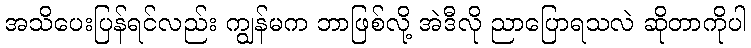
အသိပေးပြန်ရင်လည်း ကျွန်မက ဘာဖြစ်လို့ အဲဒီလို ညာပြောရသလဲ ဆိုတာကိုပါ